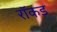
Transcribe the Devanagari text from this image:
रॉकड